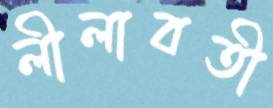
লীলাবতী